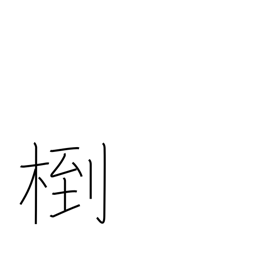
Meaning: (kokuji)